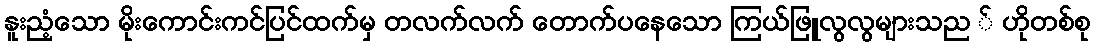
နူးညံ့သော မိုးကောင်းကင်ပြင်ထက်မှ တလက်လက် တောက်ပနေသော ကြယ်ဖြူလွလွများသည ် ဟိုတစ်စု